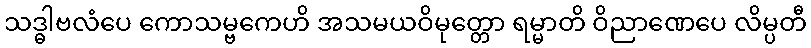
သဒ္ဓါဗလံပေ ကောသမ္ဗကေဟိ အသမယဝိမုတ္တော ရမ္မာတိ ဝိညာဏေပေ လိမ္ပတီ